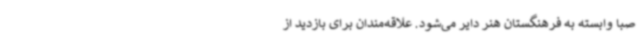
صبا وابسته به فرهنگستان هنر دایر می‌شود. علاقه‌مندان برای بازدید از